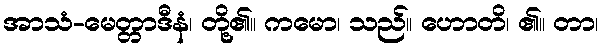
အာသံ-မေတ္တာဒီနံ၊ တို့၏။ ကမော၊ သည်။ ဟောတိ၊ ၏။ တာ၊